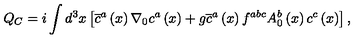
Q _ { C } = i \int d ^ { 3 } x \left[ \overline { { c } } ^ { a } \left( x \right) \nabla _ { 0 } c ^ { a } \left( x \right) + g \overline { { c } } ^ { a } \left( x \right) f ^ { a b c } A _ { 0 } ^ { b } \left( x \right) c ^ { c } \left( x \right) \right] ,